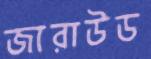
জারাউড